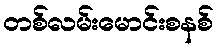
တစ်လမ်းမောင်းစနစ်